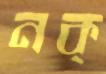
নক্